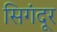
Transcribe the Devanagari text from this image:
सिगंदूर